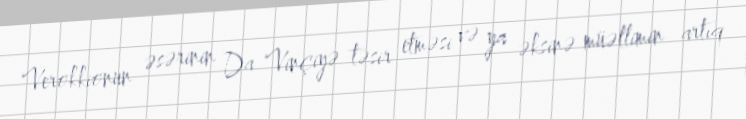
Verokkionun əsərinin Da Vinçiyə təsir etməsi və ya əksinə müəllimin artıq